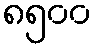
၈၅၀၀